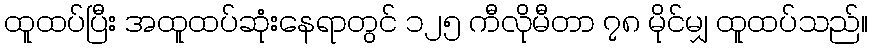
ထူထပ်ပြီး အထူထပ်ဆုံးနေရာတွင် ၁၂၅ ကီလိုမီတာ ၇၈ မိုင်မျှ ထူထပ်သည်။